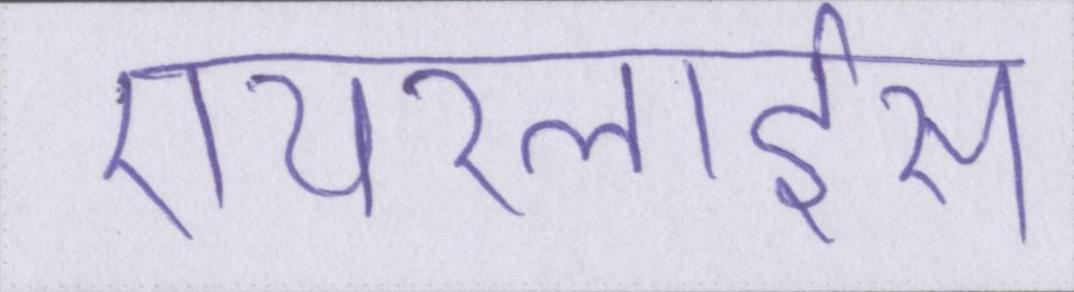
एयरलाईंस